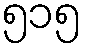
၅၁၅